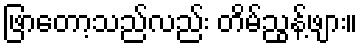
ဖြာတော့သည်လည်း တိမ်ညွန့်ဖျား။